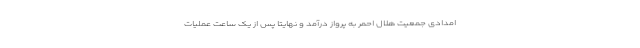
امدادی جمعیت هلال احمر به پرواز درآمد و نهایتا پس از یک ساعت عملیات